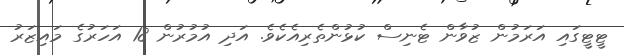
ޓީޓީގައި އަރަމުން ޒުވާން ޓެނިސް ކުޅުންތެރިއެކެވެ. އަދި އުމުރުން 18 އަހަރުގެ މައިޒަރު